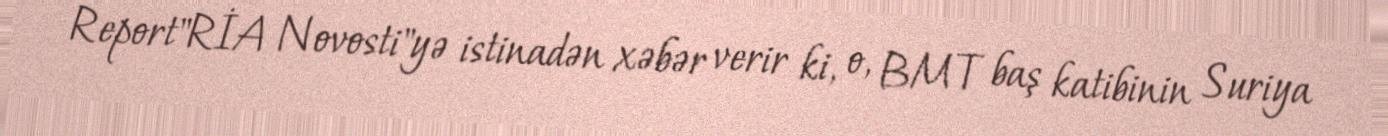
Report"RİA Novosti"yə istinadən xəbər verir ki, o, BMT baş katibinin Suriya